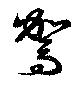
駕